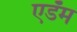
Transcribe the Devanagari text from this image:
एडॅम